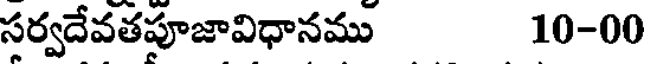
సర్వదేవతపూజావిధానము 10-00